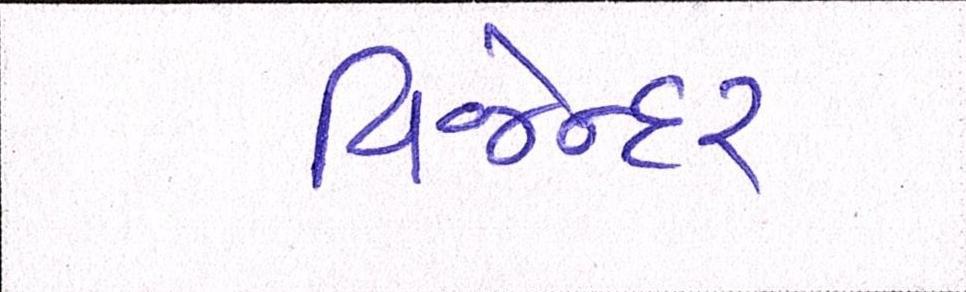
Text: વિજેન્દર